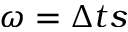
\omega = \Delta t s